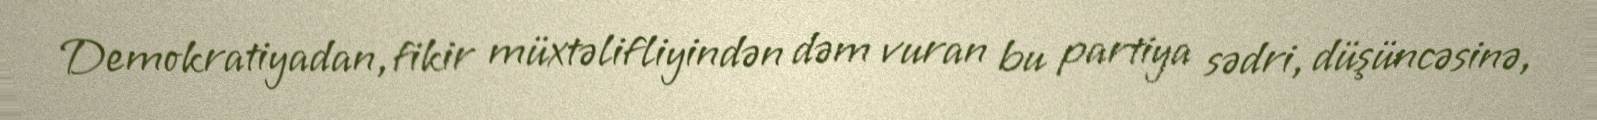
Demokratiyadan, fikir müxtəlifliyindən dəm vuran bu partiya sədri, düşüncəsinə,